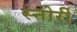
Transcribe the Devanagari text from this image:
स्नोर्री